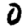
Digit: 0